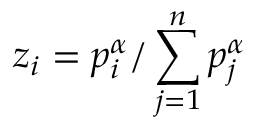
z _ { i } = p _ { i } ^ { \alpha } / \sum _ { j = 1 } ^ { n } p _ { j } ^ { \alpha }